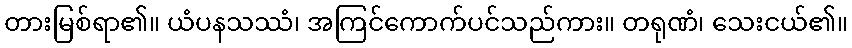
တားမြစ်ရာ၏။ ယံပနသဿံ၊ အကြင်ကောက်ပင်သည်ကား။ တရုဏံ၊ သေးငယ်၏။